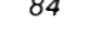
84